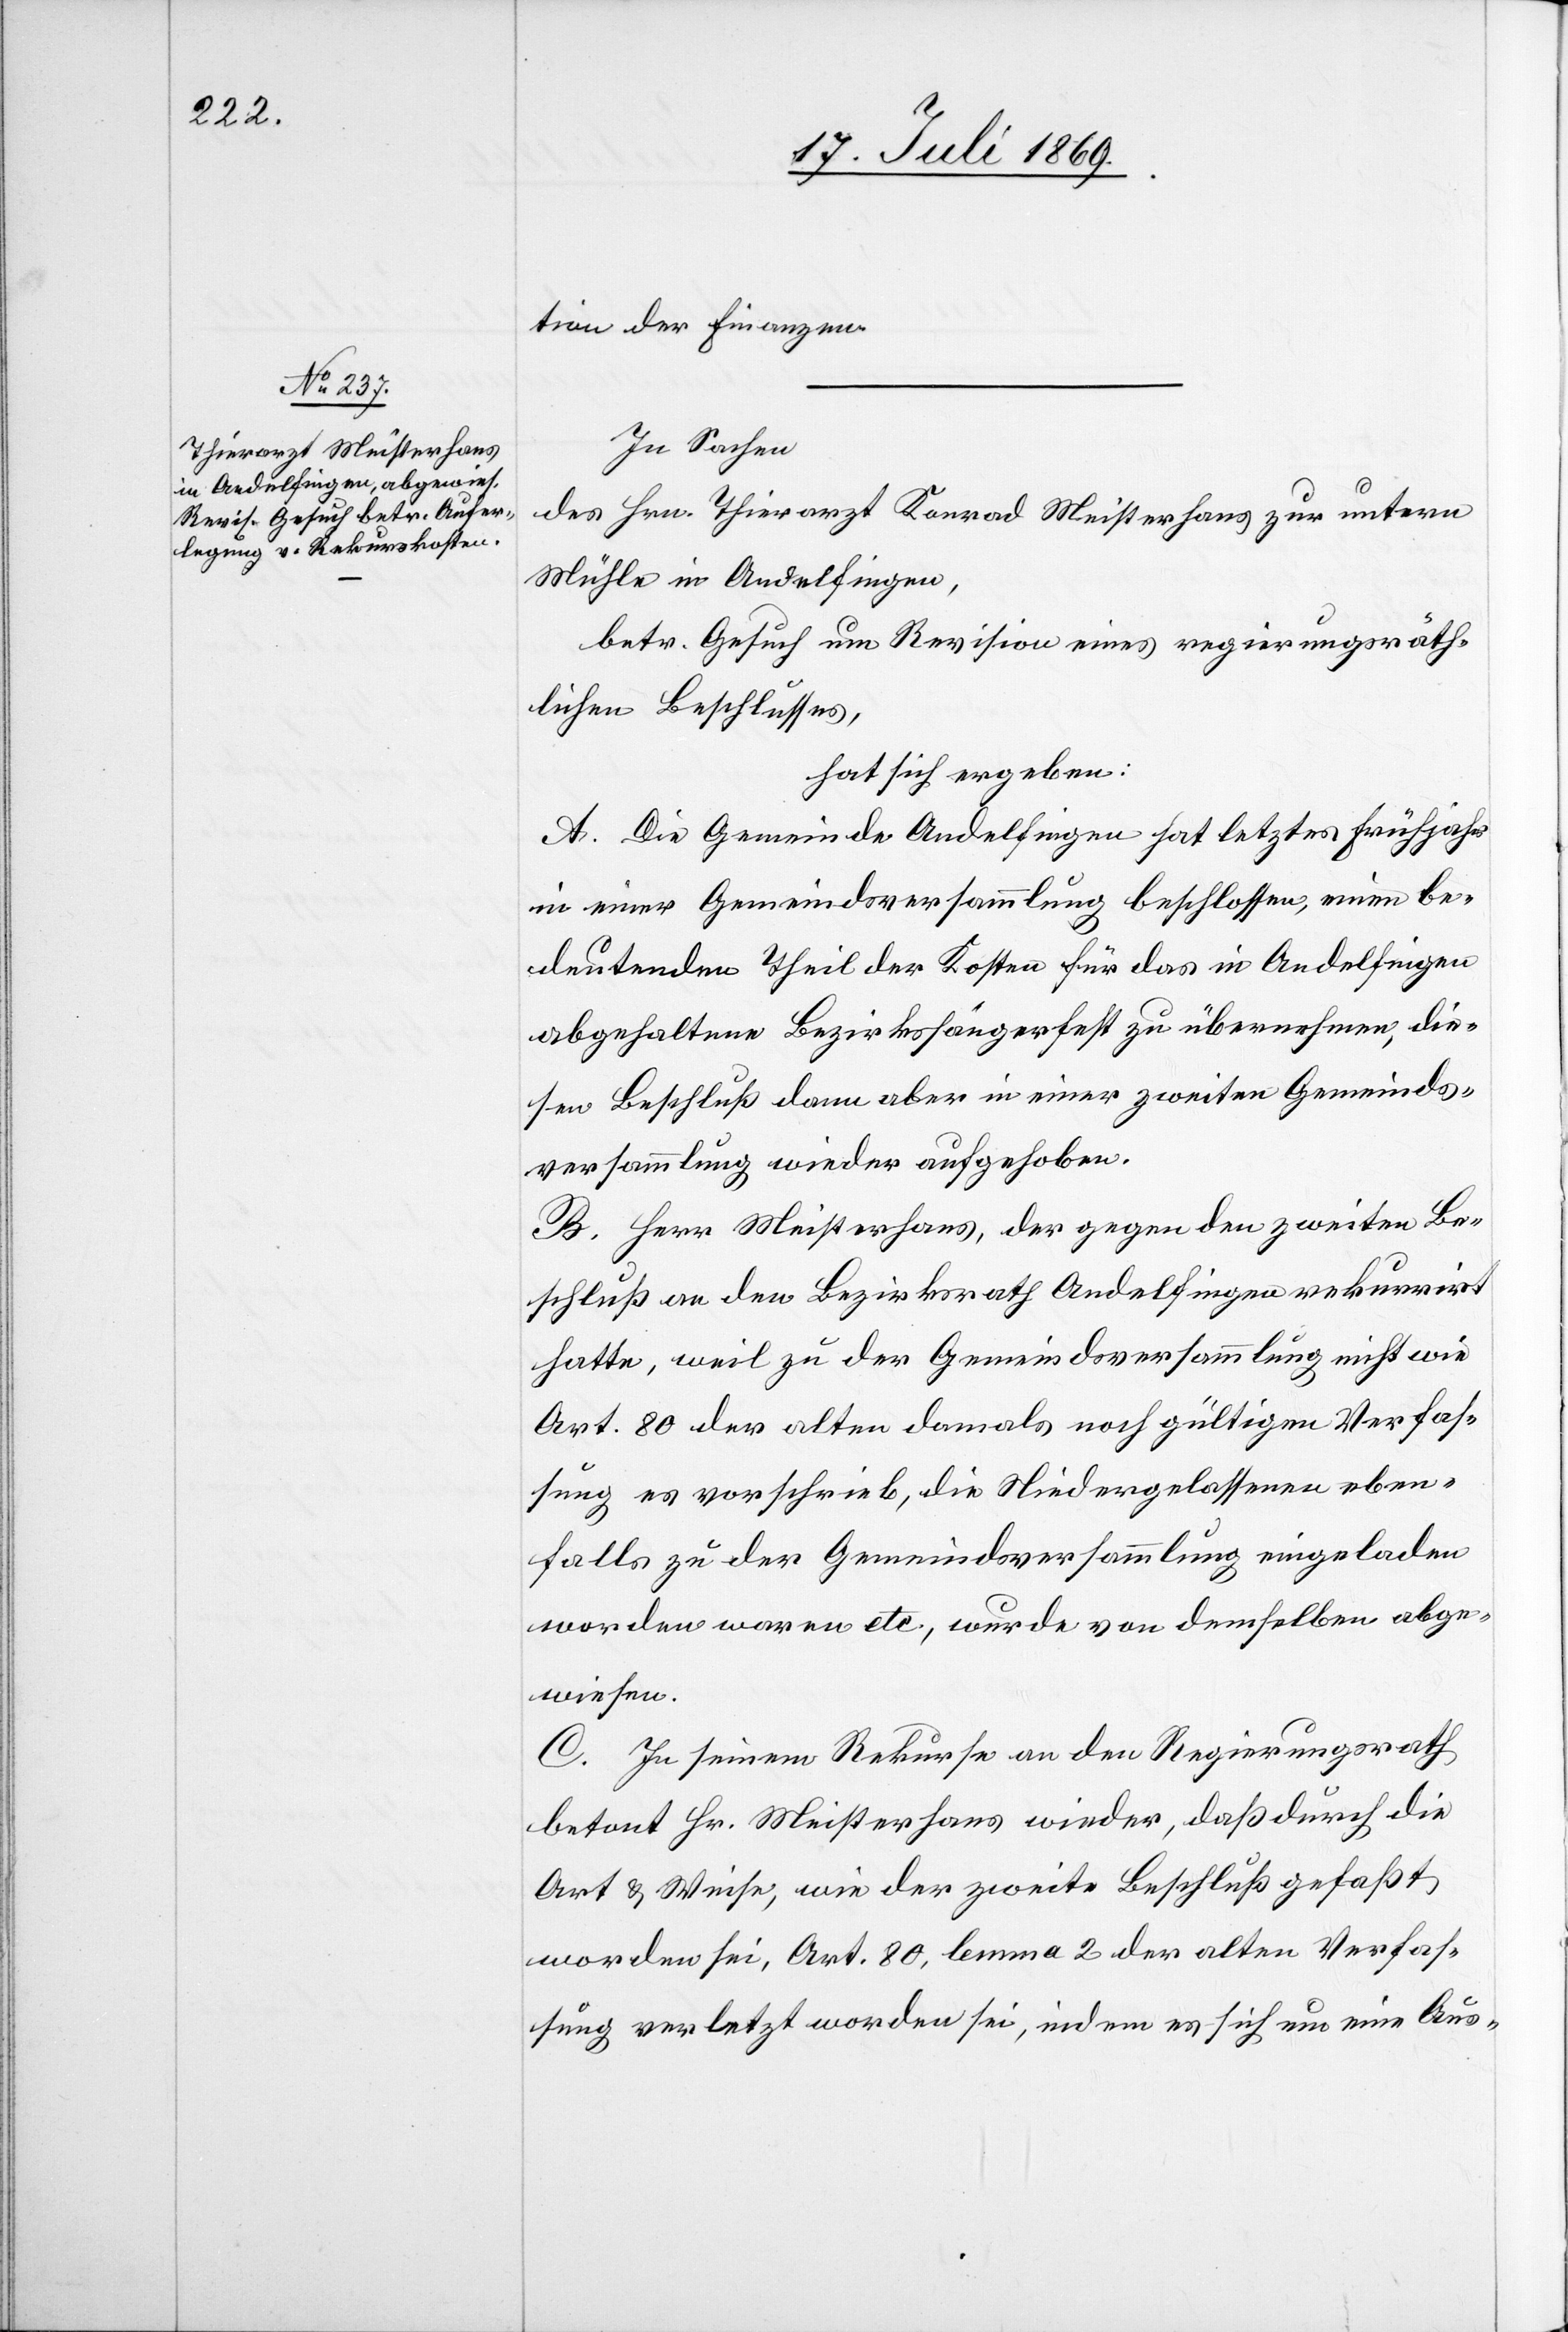
tion der Finanzen.
In Sachen
des Hrn. Thierarzt Konrad Meisterhans zur untern
Mühle in Andelfingen,
betr. Gesuch um Revision eines regierungsräth¬
lichen Beschlusses,
hat sich ergeben:
A. Die Gemeinde Andelfingen hat letztes Frühjahr
in einer Gemeindsversammlung beschlossen, einen be¬
deutenden Theil der Kosten für das in Andelfingen
abgehaltenen Bezirkssängerfest zu übernehmen, die¬
sen Beschluß dann aber in einer zweiten Gemeinds¬
versammlung wieder aufgehoben.
B. Herr Meisterhans, der gegen den zweiten Be¬
schluß an den Bezirksrath Andelfingen rekurrirt
hatte, weil zu der Gemeindsversammlung nicht wie
Art. 80 der alten damals noch gültigem Verfas¬
sung es vorschrieb, die Niedergelassenen eben¬
falls zu der Gemeindsversammlung eingeladen
worden waren etc., wurde von demselben abge¬
wiesen.
C. In seinem Rekurse an den Regierungsrath
betont Hr. Meisterhans wieder, daß durch die
Art und Weise, wie der zweite Beschluß gefaßt
worden sei, Art. 80, lemma 2 der alten Verfas¬
sung verletzt worden sei, indem es sich um eine Aus-